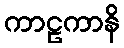
ကာဠကာနိ